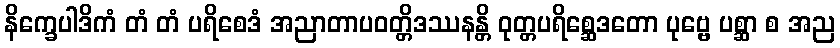
နိက္ခေပါဒိကံ တံ တံ ပရိစေဒံ အညာတာပဝတ္တိဒဿနန္တိ ဝုတ္တပရိစ္ဆေဒတော ပုဗ္ဗေ ပစ္ဆာ စ အည